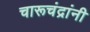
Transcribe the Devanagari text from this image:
चारूचंद्रांनी